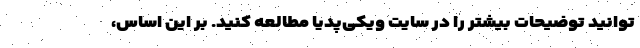
توانید توضیحات بیشتر را در سایت ویکی‌پدیا مطالعه کنید. بر این اساس،